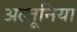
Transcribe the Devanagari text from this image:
अल्तूनिया